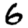
Digit: 6